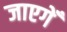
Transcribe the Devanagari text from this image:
जाएगेँ